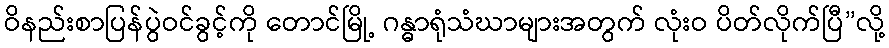
ဝိနည်းစာပြန်ပွဲဝင်ခွင့်ကို တောင်မြို့ ဂန္ဓာရုံသံဃာများအတွက် လုံးဝ ပိတ်လိုက်ပြီ”လို့